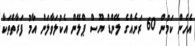
އެހެން ކަމުން 60 ރަށެއްގެ ލޭންޑް ޔޫސް ޕްލޭން އެކުލަވާލަން އާމު ފަރާތްތަކާ